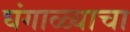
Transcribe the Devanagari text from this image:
घंगाळ्याचा